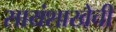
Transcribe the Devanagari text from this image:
सायंशाखेची